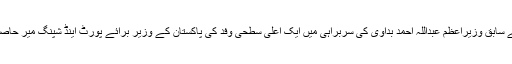
دونوں ممالک کے درمیان یہ فیصلے ملائیشیا کے سابق وزیراعظم عبداللہ احمد بداوی کی سربراہی میں ایک اعلیٰ سطحی وفد کی پاکستان کے وزیر برائے پورٹ اینڈ شپنگ میر حاصل خان بزنجو کے درمیان ملاقات میں کئے گئے۔